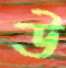
উ